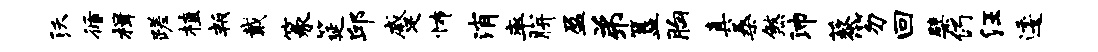
沃循楫蹉植叛戴篆筵邱蹙怖消率胼盈弟簋胸真桑煞沛藜笏回檗仍汪逶